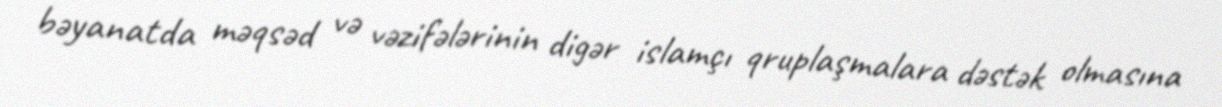
bəyanatda məqsəd və vəzifələrinin digər islamçı qruplaşmalara dəstək olmasına